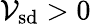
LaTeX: \mathcal{V}_{\mathrm{{sd}}}>0